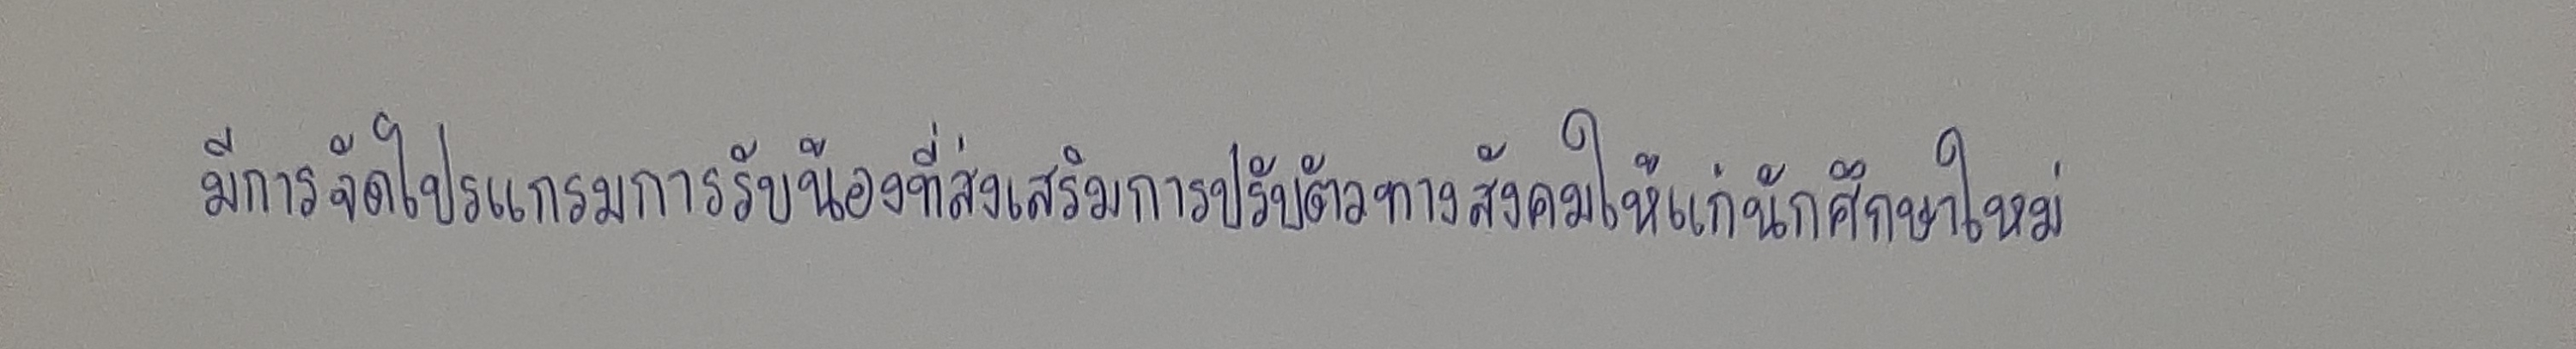
มีการจัดโปรแกรมการรับน้องที่ส่งเสริมการปรับตัวทางสังคมให้แก่นักศึกษาใหม่